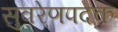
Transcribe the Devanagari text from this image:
सुवरेणपदक